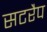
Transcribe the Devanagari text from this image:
सटरैप